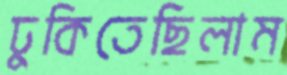
ঢুকিতেছিলাম